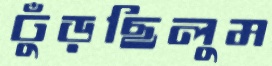
ঢুঁড়ছিলুম